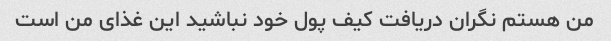
من هستم نگران دریافت کیف پول خود نباشید این غذای من است